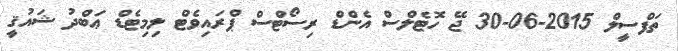
ތަފްސީލް 2015-06-30 ޖޭ ހޮޓެލްސް އެންޑް ރިސޯޓްސް ޕްރައިވެޓް ލިމިޓެޑް ޢަބްދު ޝައުޤީ